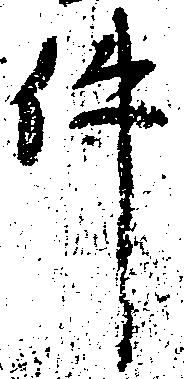
件